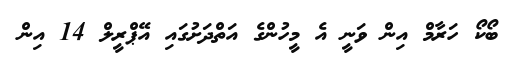
ބޯކޯ ހަރާމް އިން ވަނީ އެ މީހުންގެ އަތްދަށުގައި އޭޕްރީލް 14 އިން